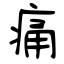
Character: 痛